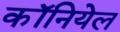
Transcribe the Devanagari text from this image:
कॉनियेल